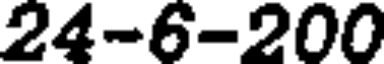
24-6-200